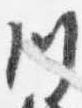
川